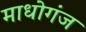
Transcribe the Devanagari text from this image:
माधोगंज